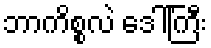
ဘာကိစ္စလဲ ဒေါ်ကြီး